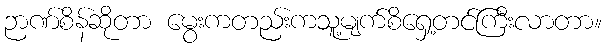
ဉာဏ်စိန်ဆိုတာ မွေးကတည်းကသူ့မျက်စိရှေ့တင်ကြီးလာတာ။